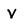
Character: V